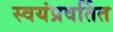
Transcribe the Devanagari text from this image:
स्वयंप्रवर्तित